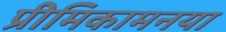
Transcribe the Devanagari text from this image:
प्रीमिकामनया